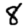
Digit: 8